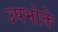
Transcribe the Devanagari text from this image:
उपभोक्ते